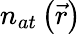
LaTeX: n_{at}\left(\vec{r}\right)